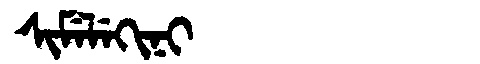
Manchu: ᠰᡳᠮᡝᠯᡝᡴᡳᠨᡳ
Romanization: SIMELEKINI